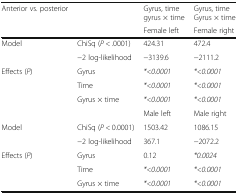
| <ROWSPAN=2> Anterior vs. posterior | <ROWSPAN=2>  | Gyrus, timegyrus × time | Gyrus, timeGyrus × time |
 | Female left | Female right |
 | --- | --- | --- | --- |
 | <ROWSPAN=2> Model | ChiSq (P < .0001) | 424.31 | 472.4 |
 | −2 log-likelihood | −3139.6 | −2111.2 |
 | <ROWSPAN=4> Effects (P) | Gyrus | *<0.0001 | *<0.0001 |
 | Time | *<0.0001 | *<0.0001 |
 | Gyrus × time | *<0.0001 | *<0.0001 |
 |  | Male left | Male right |
 | <ROWSPAN=2> Model | ChiSq (P < 0.0001) | 1503.42 | 1086.15 |
 | −2 log-likelihood | 367.1 | −2072.2 |
 | <ROWSPAN=3> Effects (P) | Gyrus | 0.12 | *0.0024 |
 | Time | *<0.0001 | *<0.0001 |
 | Gyrus × time | *<0.0001 | *<0.0001 |